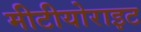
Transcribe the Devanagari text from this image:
मीटीयोराइट